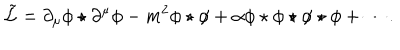
\tilde { \mathcal { L } } = \partial _ { \mu } \phi \star \partial ^ { \mu } \phi - m ^ { 2 } \phi \star \phi + \alpha \phi \star \phi \star \phi \star \phi + \cdots .